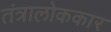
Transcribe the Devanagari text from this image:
तंत्रालोककार